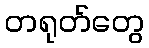
တရုတ်တွေ